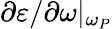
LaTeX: \partial\varepsilon/\partial\omega|_{\omega_{P}}